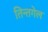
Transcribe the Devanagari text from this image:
तिन्तगेल